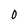
Character: 0